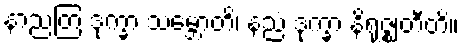
နာညတြ ဒုက္ခာ သမ္ဘောတိ၊ နညံ ဒုက္ခာ နိရုဇ္ဈတီတိ။